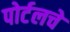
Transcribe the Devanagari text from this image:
पोर्टलचे